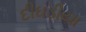
દીઘડીયા